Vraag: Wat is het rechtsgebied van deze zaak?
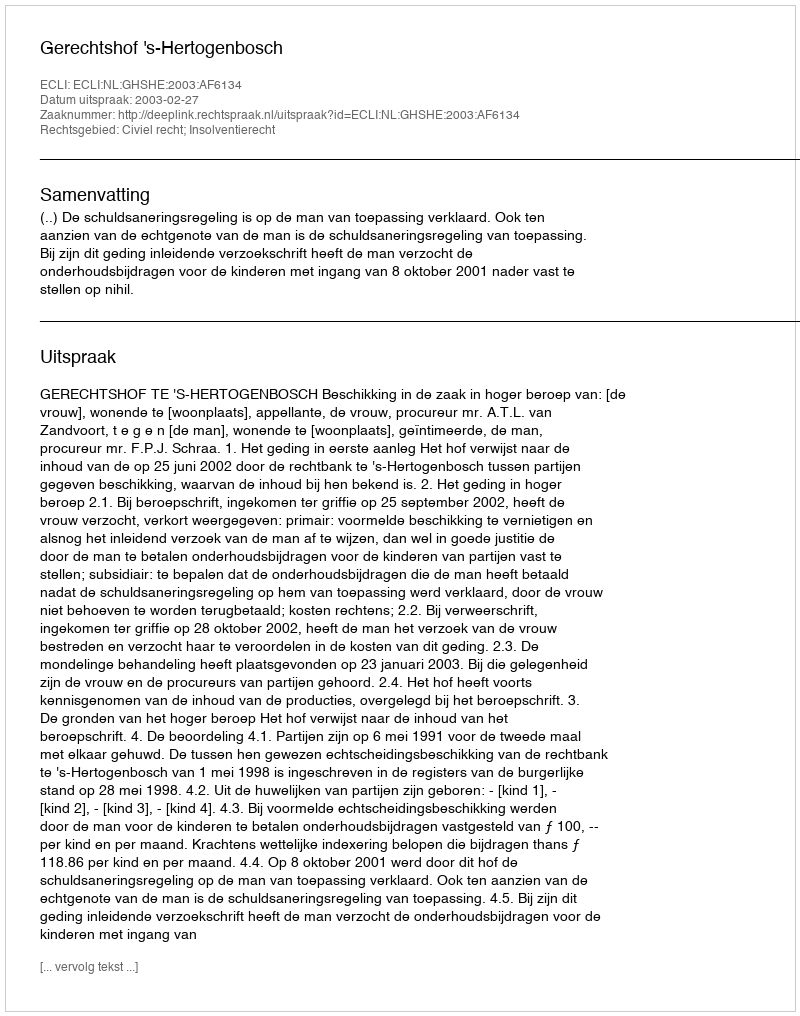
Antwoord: Civiel recht; Insolventierecht